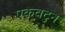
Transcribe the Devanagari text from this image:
एकवटुन